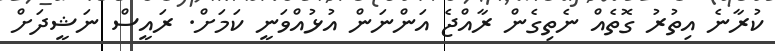
ކުރާނެ އިތުރު ގޮތެއް ނެތިގެން ރާއްޖެ އަންނަން އުޅުއްވަނީ ކަމަށް. ރައީސް ނަޝީދަށް